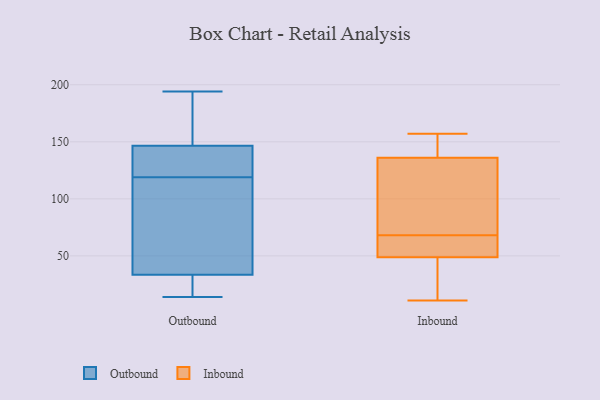
{"axis": {"x": "Energy Usage (MWh)", "y": "Value"}, "legend": ["Inbound", "Outbound"], "data": [{"x": "", "y": 27, "type": "Outbound"}, {"x": "", "y": 118, "type": "Outbound"}, {"x": "", "y": 43, "type": "Outbound"}, {"x": "", "y": 30, "type": "Outbound"}, {"x": "", "y": 34, "type": "Outbound"}, {"x": "", "y": 170, "type": "Outbound"}, {"x": "", "y": 92, "type": "Outbound"}, {"x": "", "y": 194, "type": "Outbound"}, {"x": "", "y": 126, "type": "Outbound"}, {"x": "", "y": 176, "type": "Outbound"}, {"x": "", "y": 128, "type": "Outbound"}, {"x": "", "y": 32, "type": "Outbound"}, {"x": "", "y": 120, "type": "Outbound"}, {"x": "", "y": 51, "type": "Outbound"}, {"x": "", "y": 167, "type": "Outbound"}, {"x": "", "y": 129, "type": "Outbound"}, {"x": "", "y": 33, "type": "Outbound"}, {"x": "", "y": 154, "type": "Outbound"}, {"x": "", "y": 139, "type": "Outbound"}, {"x": "", "y": 14, "type": "Outbound"}, {"x": "", "y": 118, "type": "Inbound"}, {"x": "", "y": 54, "type": "Inbound"}, {"x": "", "y": 142, "type": "Inbound"}, {"x": "", "y": 62, "type": "Inbound"}, {"x": "", "y": 36, "type": "Inbound"}, {"x": "", "y": 157, "type": "Inbound"}, {"x": "", "y": 68, "type": "Inbound"}, {"x": "", "y": 148, "type": "Inbound"}, {"x": "", "y": 103, "type": "Inbound"}, {"x": "", "y": 47, "type": "Inbound"}, {"x": "", "y": 11, "type": "Inbound"}]}